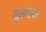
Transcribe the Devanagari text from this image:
सूक्ष्मतया